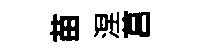
苗涅莒